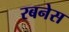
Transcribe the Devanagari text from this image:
रबनेस